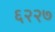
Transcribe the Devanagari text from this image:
६२२७